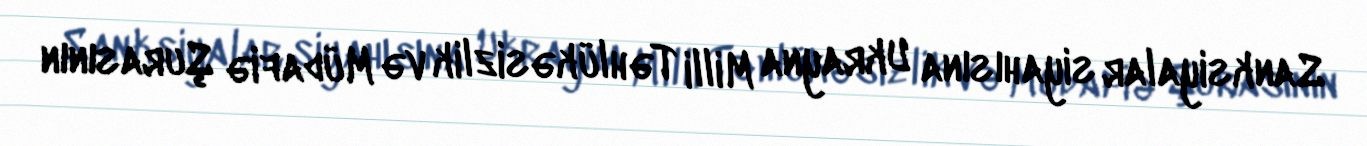
Sanksiyalar siyahısına Ukrayna Milli Təhlükəsizlik və Müdafiə Şurasının